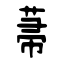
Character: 菷